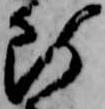
断